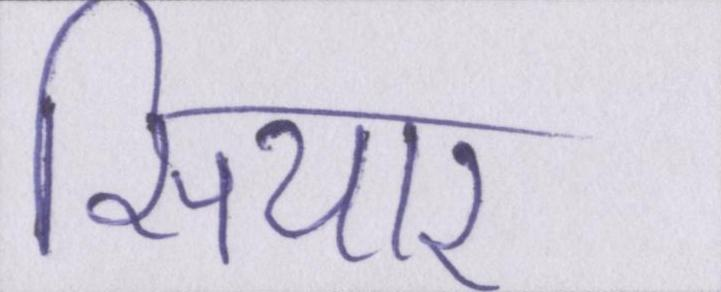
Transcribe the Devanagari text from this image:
सियार